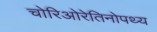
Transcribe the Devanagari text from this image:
चोरिओरेतिनोपथ्य